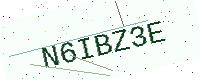
Text: N6IBZ3E